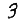
Digit: 3